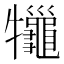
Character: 𤜓